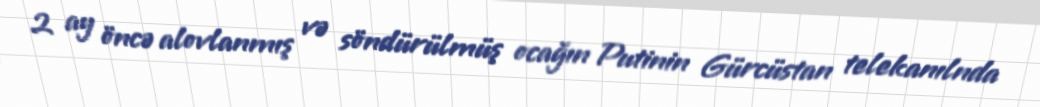
2 ay öncə alovlanmış və söndürülmüş ocağın Putinin Gürcüstan telekanılnda